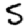
Digit: 5